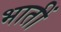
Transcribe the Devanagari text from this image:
भातीं